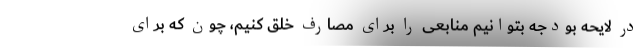
در لایحه بودجه بتوانیم منابعی را برای مصارف خلق کنیم، چون که برای